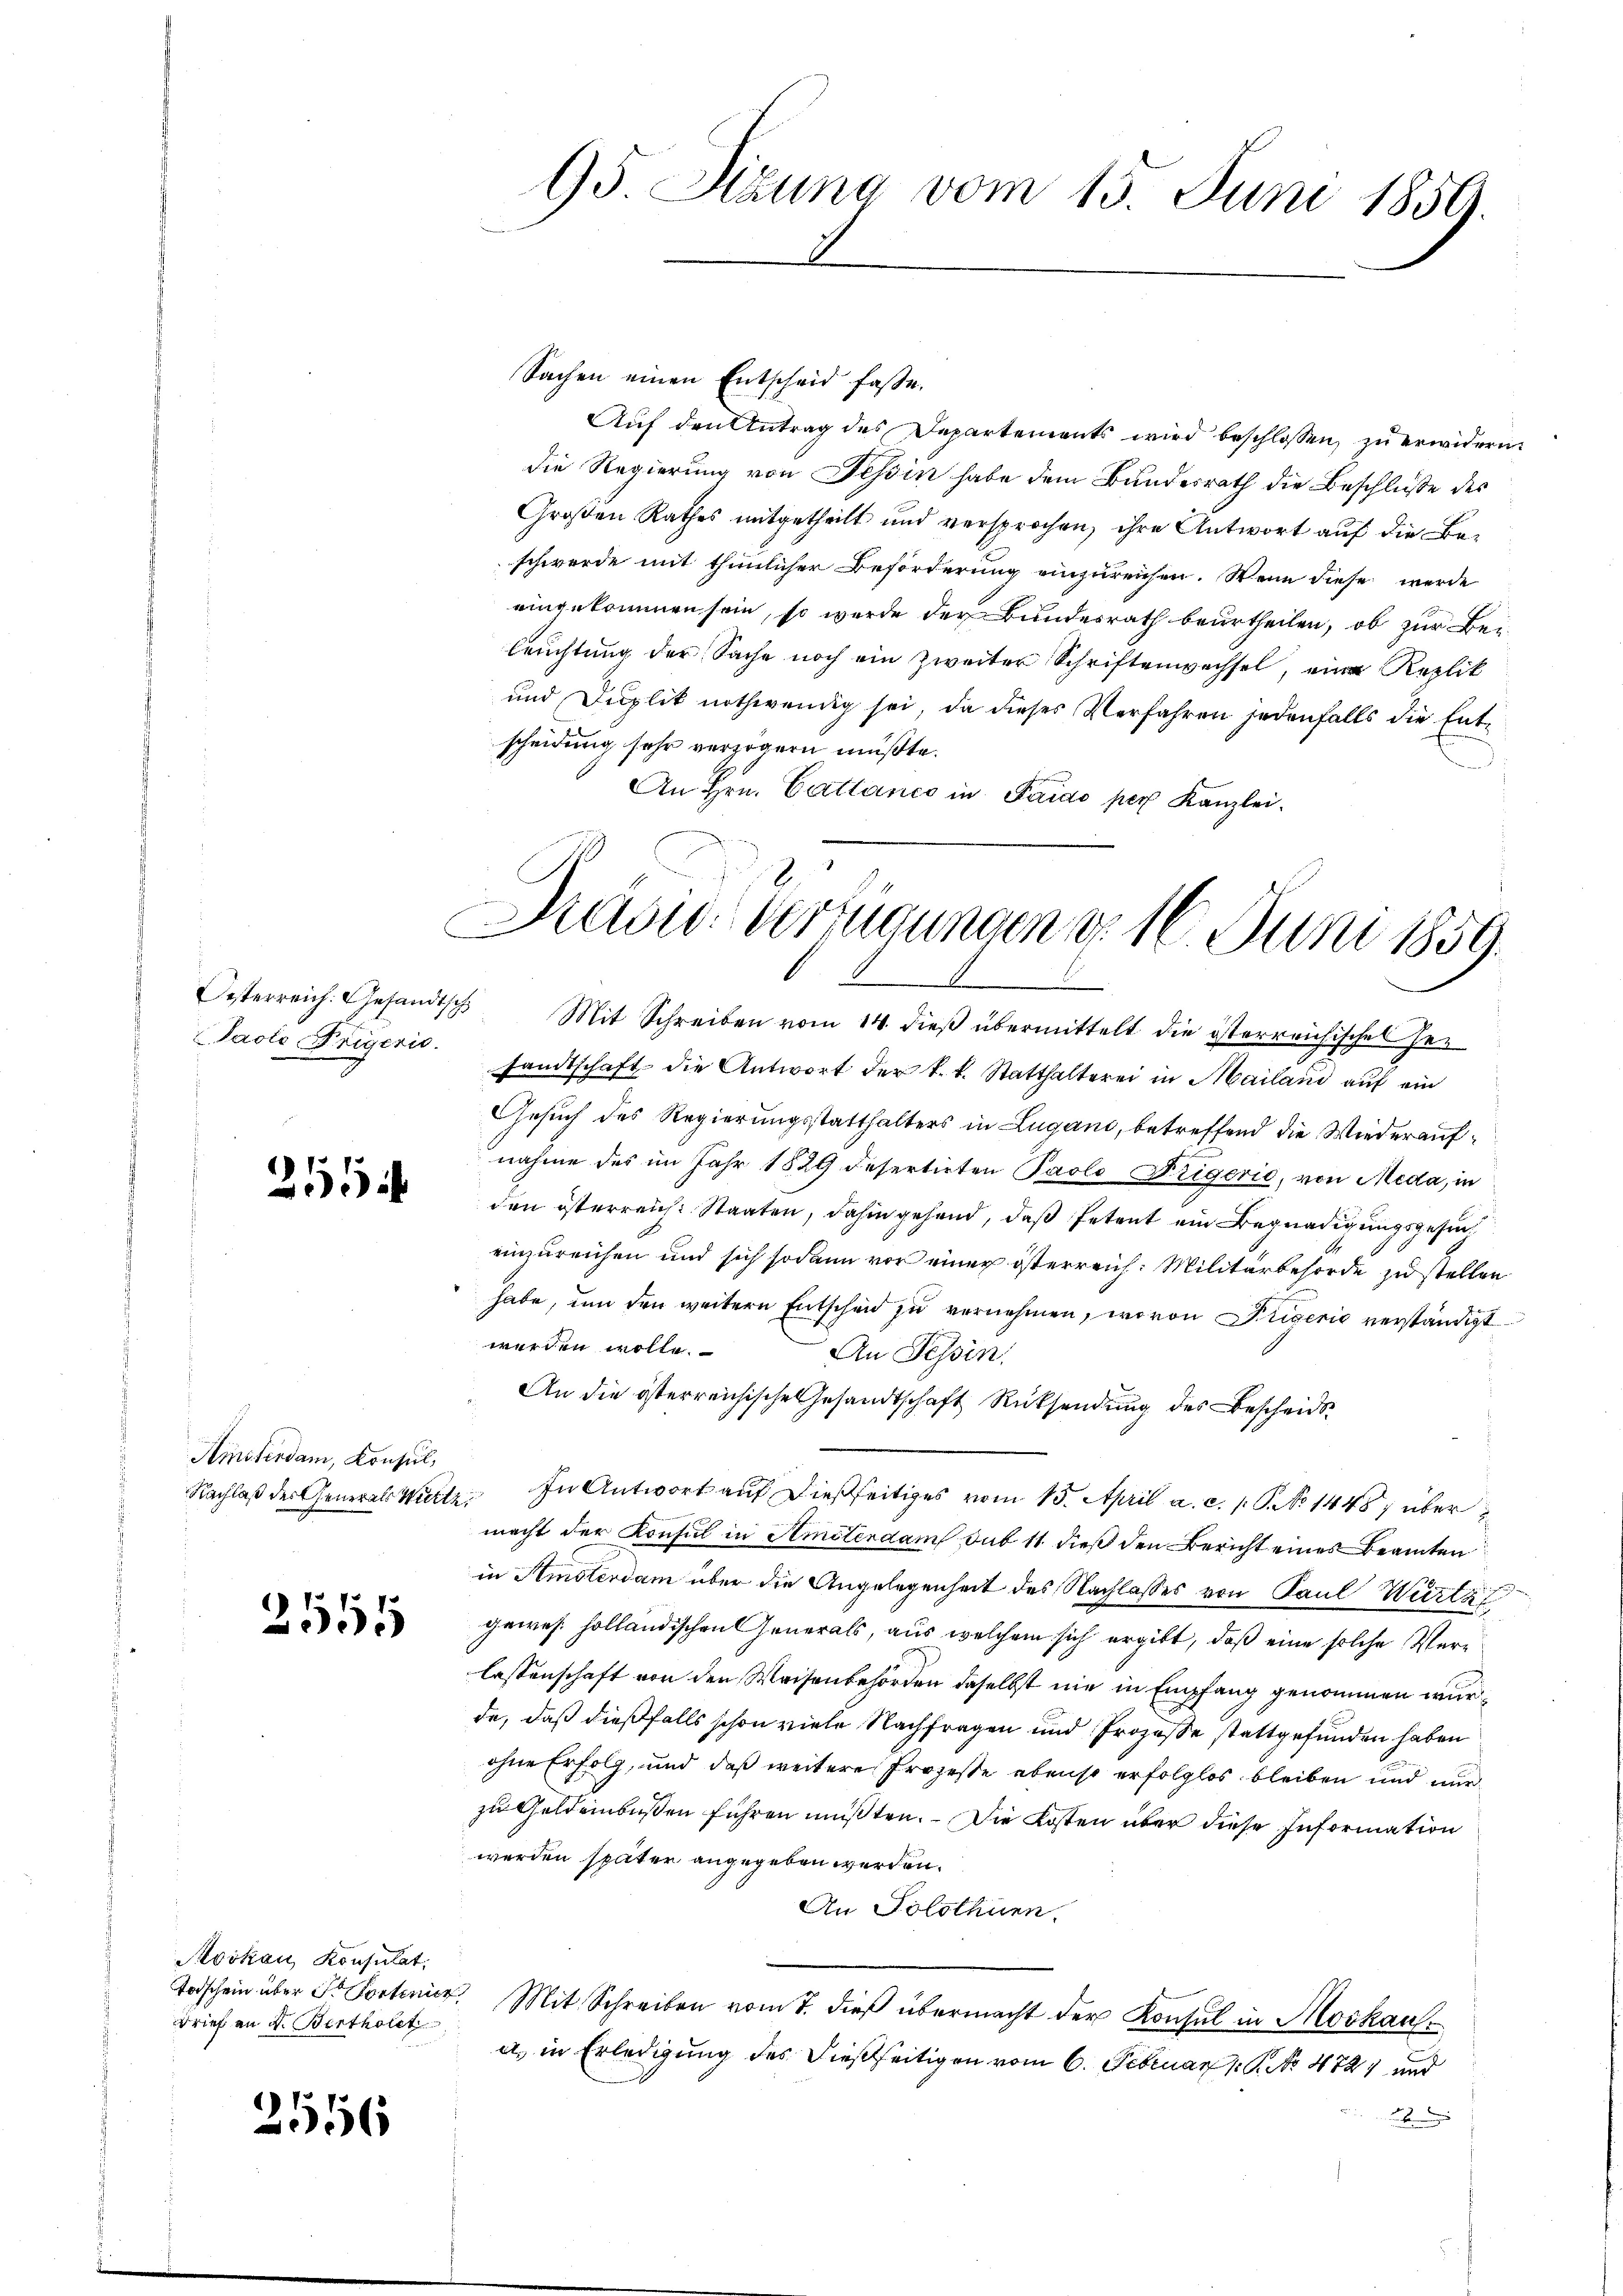
Paolo Trigeric

.
i

Amsterdam, Konsul,

2515

Moskau, Konsulat
Brief an d. Bertholet

2556

95. Sizung vom 15. Juni 1859.

Sachen einen Entscheid fasse.
Auf den Antrag des Departements wird beschlossen, zu erwidern.
die Regierung von Tessin habe dem Bundesrath die Beschluße des
Großen Rathes mitgetheilt und versprochen, ihre Antwort auf die Beschwerde mit thunlicher Beförderung einzureichen. Wenn diese werde
eingekommen sein, so wurde der Bundesrath beurtheilen, ob zur Beleŭchtŭng der Sache noch ein zweiter Schriftenwechsel, eine Replik
und Duplik nothwendig sei, da dieses Verfahren jedenfalls die Entscheidung sehr verzögern müßte.
s
An Hrn. Cattance in Paido per Kanzlei.

Präsid-Verfügungen d. 16. Juni 1859.
6

Oesterreich. Gesandtsch. Mit Schreiben vom 14. dieβ übermittelt die österreichischel her
7.
sandtschaft die Antwort der k. k. Statthalterei in Mailand auf ein
Gesuch des Regierungsstatthalters in Lugano, betreffend die Wiederaufnahme des im Jahr 1829 desertirten Paolo Trigerie, von Meda, in
den österreich. Staaten, dahin gehend, daß Petent ein Begnadigungsgesuch
einzureichen und sich sodann vor einer österreich: Militärbehörde zu stellen
habe, um den weitere Entscheid zu vernehmen, wovon Priserić verständigt
werden wolle.
An Tessin.
An die österreichische Gesandtschaft Rücksendung des Bescheids
Nachlaß der Generals Wette. In Antwort auf dießseitiges vom 15. April a. c. s. S. No 1448 über
macht der Konsul in Amsterdam sub 11 dieß den Bericht eines Beamten
in Amsterdam über die Angelegenheit des Nachlasses von Paul Würtzt
gewes. holländischen Generals, aus welchem sich ergibt, daß eine solche Verlassenschaft von den Weisenbehörden daselbst nie in Empfang genommen wurde, daß dießfalls schon viele Nachfragen und Prozeße stattgefunden haben
ohne Erfolg, und daß weitere Prozesse ebenso erfolglos bleiben und nur
zu Geldenbussen führen müßten. Die Kosten über diese Information
werden später angegeben werden.
An Solothurn,
Todschein über Dr Portenir Mit Schreiben vom 7. dieß übermacht der Konsul in Moskaua. in Erledigung des dießseitigen vom 6. Februar 1. No. 472 und